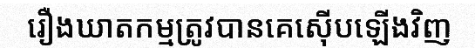
រឿងឃាតកម្មត្រូវបានគេស៊ើបឡើងវិញ